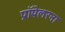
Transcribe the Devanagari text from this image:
प्रॉपेलरना